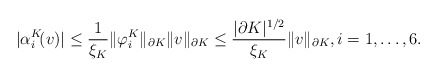
\begin{align*}|\alpha_i^K\!(v)|\leq\frac{1}{\xi_K}\|\varphi_i^K\|_{\partial K}\|v\|_{\partial K}\leq\frac{|\partial K|^{1/2}}{\xi_K}\|v\|_{\partial K},i=1,\ldots,6.\end{align*}